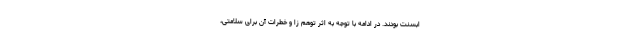
ابسنت بودند. در ادامه با توجه به اثر توهم زا و خطرات آن برای سلامتی،